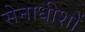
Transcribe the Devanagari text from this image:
सेनाधीशों